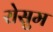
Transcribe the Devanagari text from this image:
रोसुम